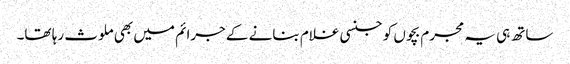
ساتھ ہی یہ مجرم بچوں کو جنسی غلام بنانے کے جرائم میں بھی ملوث رہا تھا۔